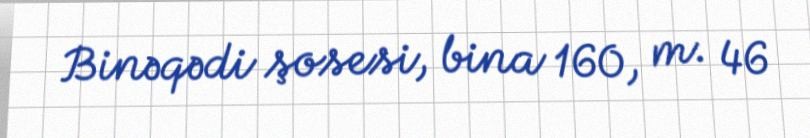
Binəqədi şosesi, bina 160, m. 46